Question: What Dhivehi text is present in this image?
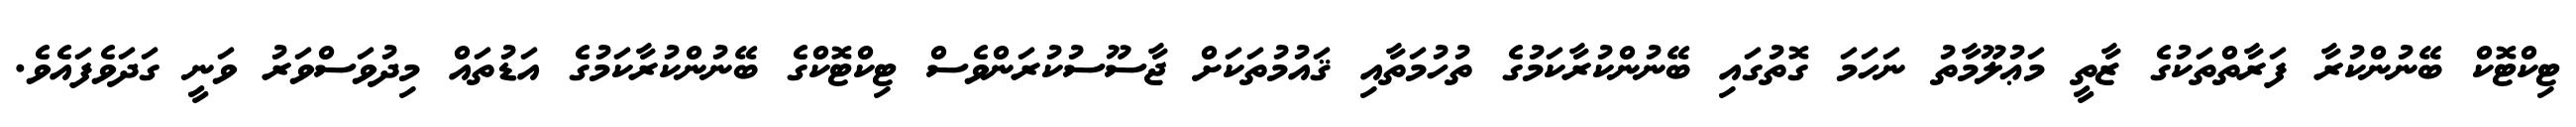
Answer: ޓިކްޓޮކް ބޭނުންކުރާ ފަރާތްތަކުގެ ޒާތީ މަޢުލޫމާތު ނަހަމަ ގޮތުގައި ބޭނުންކުރާކަމުގެ ތުހުމަތާއި ޤައުމުތަކަށް ޖާސޫސުކުރަންވެސް ޓިކްޓޮކްގެ ބޭނުންކުރާކަމުގެ އަޑުތައް މިދުވަސްވަރު ވަނީ ގަދަވެފައެވެ.